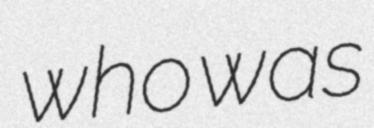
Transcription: who was